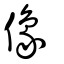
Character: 像